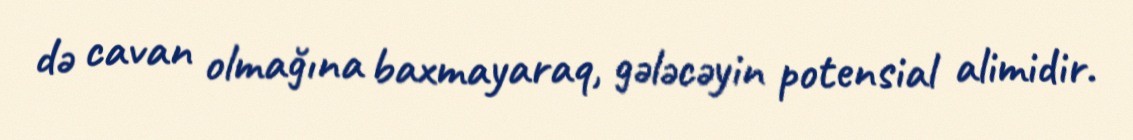
də cavan olmağına baxmayaraq, gələcəyin potensial alimidir.